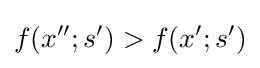
f(x'';s')>f(x';s')